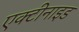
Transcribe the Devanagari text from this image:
एक्टीनाइड